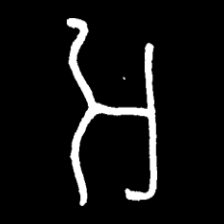
Pyu character \u2014 Myanmar letter: အ (romanized: a)